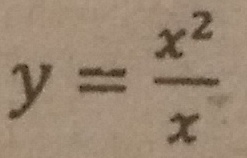
y = \frac { x ^ { 2 } } { x }